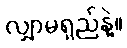
လျှာမရှည်နဲ့။